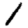
Digit: 1